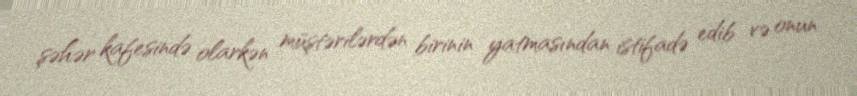
şəhər kafesində olarkən müştərilərdən birinin yatmasından istifadə edib və onun